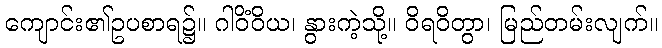
ကျောင်း၏ဥပစာရ၌။ ဂါဝိံဝိယ၊ နွားကဲ့သို့။ ဝိရဝိတွာ၊ မြည်တမ်းလျက်။